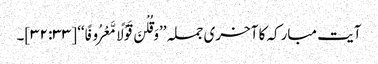
آیت مبارکہ کا آخری جملہ ’’وَقُلْنَ قَوْلًا مَّعْرُوفًا‘‘ [۳۳: ۳۲]۔